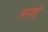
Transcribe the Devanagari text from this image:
तानेची